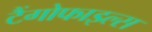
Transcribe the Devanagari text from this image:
टैंगोफाइल्स